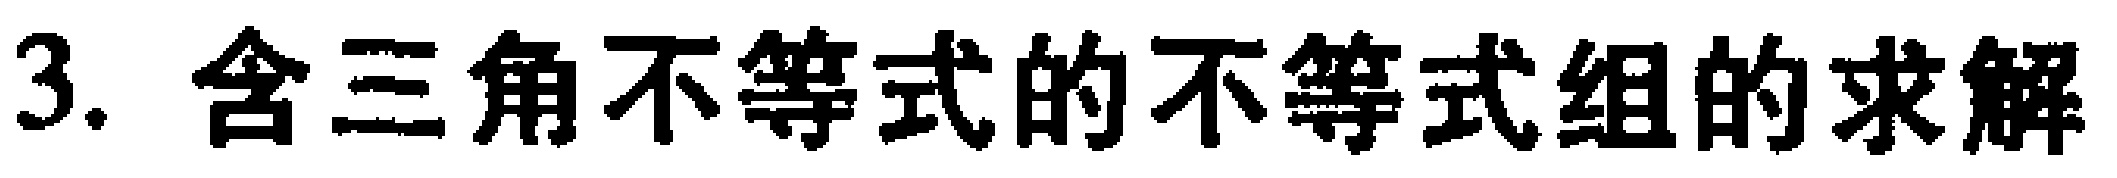
3. 含三角不等式的不等式组的求解